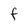
Character: F